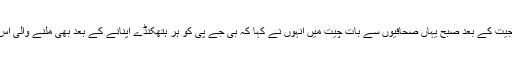
گجرات راجیہ سبھا انتخابات میں اپنی جیت کے بعد صبح یہاں صحافیوں سے بات چیت میں انہوں نے کہا کہ بی جے پی کو ہر ہتھکنڈے اپنانے کے بعد بھی ملنے والی اس شکست سے سبق حاصل کرنا چاہیے۔